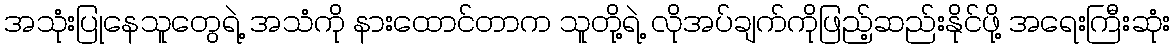
အသုံးပြုနေသူတွေရဲ့ အသံကို နားထောင်တာက သူတို့ရဲ့ လိုအပ်ချက်ကိုဖြည့်ဆည်းနိုင်ဖို့ အရေးကြီးဆုံး